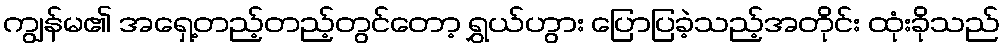
ကျွန်မ၏ အရှေ့တည့်တည့်တွင်တော့ ရွှယ်ဟွား ပြောပြခဲ့သည့်အတိုင်း ထုံးခိုသည်